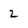
Character: 2